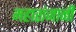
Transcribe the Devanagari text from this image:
महारांजानी